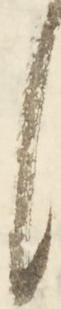
候